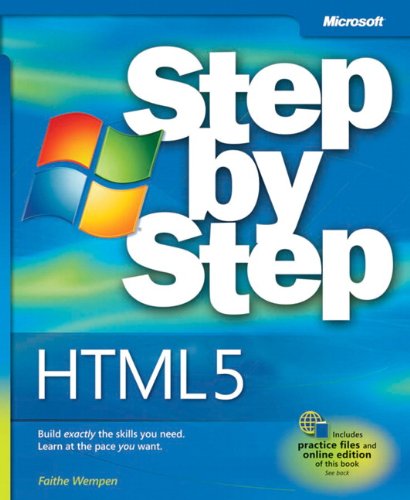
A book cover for HTML5 Step by Step (Step by Step Developer); Faithe Wempen; Computers & Technology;